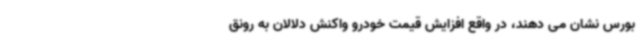
بورس نشان می دهند، در واقع افزایش قیمت خودرو واکنش دلالان به رونق